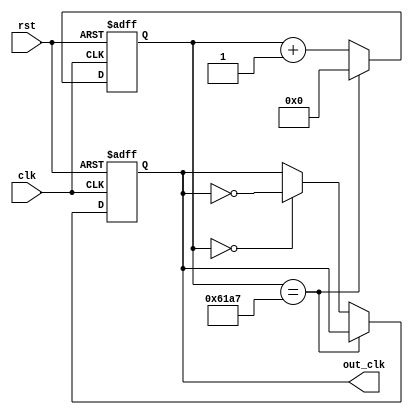
module clk_dll#(parameter half=24999)(rst, clk, out_clk);
  input clk, rst;

  output out_clk;

  reg out_clk;
  reg [24:0]cnt_clk;

  always@(posedge clk or negedge rst)
  begin
    if(!rst)
	begin
      out_clk <= 0;
      cnt_clk <= 0;
    end
    else
	begin  
      cnt_clk <= cnt_clk+1;

      if(cnt_clk == half)
        cnt_clk <=0;
      else if(cnt_clk==0)
        out_clk <= !out_clk;     

    end
    
  end    
endmodule